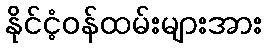
နိုင်ငံ့ဝန်ထမ်းများအား